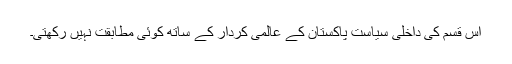
اس قسم کی داخلی سیاست پاکستان کے عالمی کردار کے ساتھ کوئی مطابقت نہیں رکھتی۔